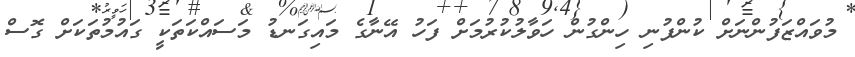
މުވައްޒަފުންނަށް ކުންފުނި ހިންގުން ހަވާލުކުރުމަށް ފަހު އޭނާގެ މައިގަނޑު މަސައްކަތަކީ ގައުމުތަކަށް ގޮސް